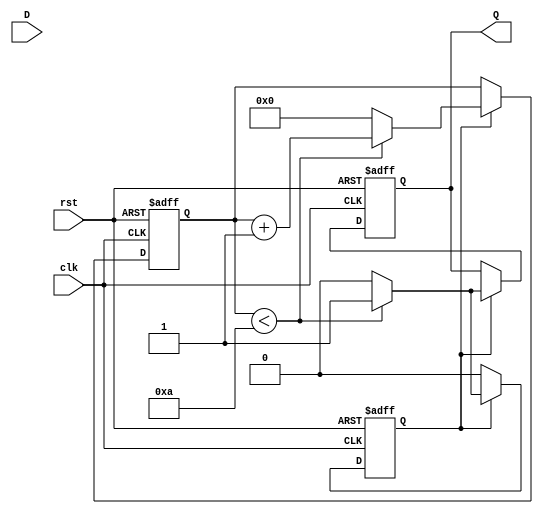
module monostable_edge_detector #(
    parameter PULSE_WIDTH = 10, // Pulse width in clock cycles
    parameter EDGE_TYPE = 2'b11  // 00: Rising edge, 01: Falling edge, 10: Both edges
)(
    input wire clk,        // Clock signal
    input wire rst,        // Reset signal
    input wire D,          // Input signal
    output reg Q           // Output pulse signal
);

    // Registers to hold the state
    reg D_prev;            // Previous state of D
    reg [3:0] pulse_counter; // Counter for pulse width
    reg pulse_active;      // Pulse active flag

    // Edge detection and pulse generation logic
    always @(posedge clk or posedge rst) begin
        if (rst) begin
            D_prev <= 1'b0;         // Reset previous state
            Q <= 1'b0;              // Reset output pulse
            pulse_counter <= 4'b0;  // Reset pulse counter
            pulse_active <= 1'b0;    // Reset pulse active flag
        end else begin
            // Edge detection logic
            case (EDGE_TYPE)
                2'b00: begin // Rising edge
                    if (D && !D_prev) begin
                        pulse_active <= 1'b1; // Rising edge detected
                    end
                end
                2'b01: begin // Falling edge
                    if (!D && D_prev) begin
                        pulse_active <= 1'b1; // Falling edge detected
                    end
                end
                2'b10: begin // Both edges
                    if (D && !D_prev) begin
                        pulse_active <= 1'b1; // Rising edge detected
                    end else if (!D && D_prev) begin
                        pulse_active <= 1'b1; // Falling edge detected
                    end
                end
            endcase
            
            // Store the current state
            D_prev <= D;

            // Pulse generation logic
            if (pulse_active) begin
                if (pulse_counter < PULSE_WIDTH) begin
                    Q <= 1'b1;             // Generate output pulse
                    pulse_counter <= pulse_counter + 1; // Increment pulse counter
                end else begin
                    Q <= 1'b0;             // Pulse width expired, reset output
                    pulse_active <= 1'b0;  // Reset pulse active flag
                    pulse_counter <= 4'b0;  // Reset pulse counter
                end
            end
        end
    end
endmodule